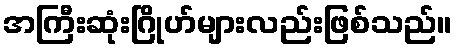
အကြီးဆုံးဂြိုဟ်များလည်းဖြစ်သည်။